Report on sanitation, dispensaries, and jails in Rajputana for 1914, and on vaccination for the year 1914-1915 - 1914-1915
Year: 1914
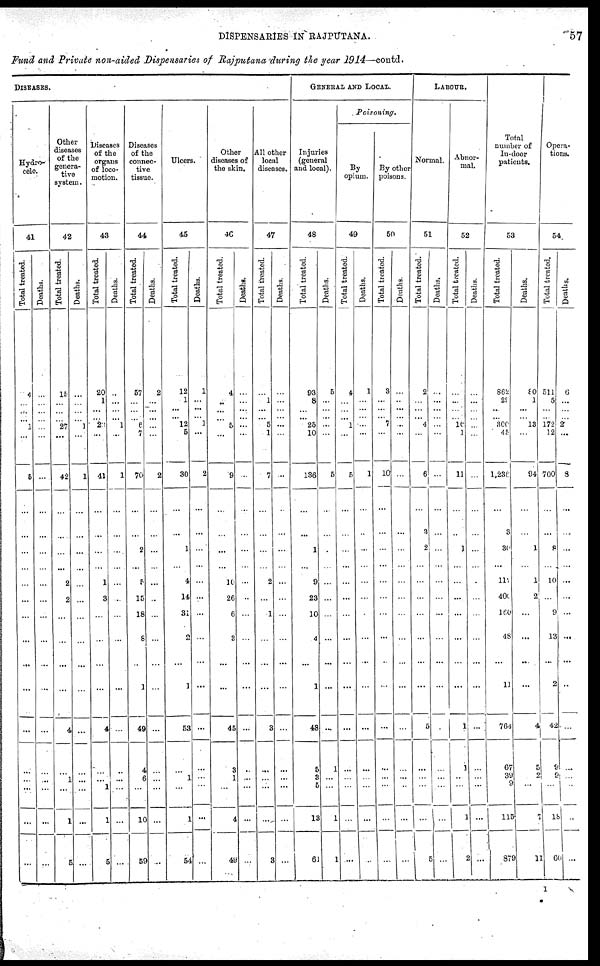
DISPENSARIES IN RAJPUTANA.
57
Fund and Private non-aided Dispensaries of Rajputana during the year 1914—contd.
DlSEASES.
Hydro-
cele.
41
Total treated.
4
...
...
... 1
...
5
...
...
...
...
...
...
...
...
...
...
...
...
...
...
...
...
Denths.
...
...
...
...
...
...
...
...
...
...
...
...
...
...
...
...
...
...
...
...
...
...
...
Other
diseases
of the
genera-
tive
system.
42
Total treated.
11
...
...
... 27
...
42
...
...
...
...
2
2
...
...
...
...
4
...
1
...
1
5
Deaths.
...
...
...
... 1
...
1
...
...
...
...
...
...
...
...
...
...
...
...
...
...
...
...
Discases
of the
organs
of loco-
motion.
43
Total treated.
20
1
...
... 23
...
41
...
...
...
...
1
3
...
...
...
...
4
...
...
1
1
5
Deaths.
...
...
...
... 1
...
1
...
...
...
...
...
...
...
...
...
...
...
...
...
...
...
...
Diseases
of the
connec-
tive
tissue.
44
Total treated.
57
...
...
... 6
7
70
...
...
2
...
5
15
18
6
...
1
49
4
6
...
10
59
Deaths.
2
...
...
...
...
...
2
...
...
...
...
...
...
...
...
...
...
...
...
...
...
...
...
Ulcers.
45
Total treated.
12
1
...
... 12
5
30
...
...
1
...
4
14
31
2
...
1
53
...
1
...
1
54
Deaths.
1
...
...
... 1
...
2
...
...
...
...
...
...
...
...
...
...
...
...
...
...
...
...
Othor
diseases of
the skin.
46
Total treated.
4
..
...
... ...
...
9
...
...
...
...
10
26
6
3
...
...
45
3
1
...
4
49
Deaths.
...
...
...
...
...
...
...
...
...
...
...
...
...
...
...
...
...
...
...
...
...
...
...
All other
local
diseases.
47
Total treated.
...
1
...
... 5
1
7
...
...
...
...
2
...
1
...
...
...
3
...
...
...
1
3
Deaths.
...
...
...
...
...
...
...
...
...
...
...
...
...
...
...
...
...
...
...
...
...
...
...
GENRAL
AND LOCAL.
Injuries
(general
and local).
48
Total treated.
93
8
...
... 25
10
136
...
...
1
...
9
23
10
4
...
1
48
5
3
5
13
61
Deaths.
5
...
...
...
...
...
5
...
...
...
...
...
...
...
...
...
...
...
1
...
...
1
1
Poisoning.
By
opium.
49
Total treated.
4
...
...
... 1
...
5
...
...
...
...
...
...
...
...
...
...
...
...
...
...
...
...
Deaths.
1
...
...
...
...
...
1
...
...
...
...
...
...
...
...
...
...
...
...
...
...
...
...
By other
poisons.
50
Total treated.
3
...
...
... 7
...
10
...
...
...
...
...
...
...
...
...
...
...
...
...
...
...
...
Deaths.
...
...
...
...
..
...
...
...
...
...
...
...
...
...
...
...
...
...
...
...
...
...
...
LABOUR.
Normal.
51
Total treated.
2
...
...
... 4
...
6
1
3
2
...
...
...
...
...
...
...
5
...
...
...
...
5
Deaths.
...
...
...
...
...
...
...
...
...
...
...
...
...
...
...
...
...
...
...
...
...
...
...
Abnor-
mal.
52
Total treated.
...
...
...
... 16
1
11
...
...
1
...
...
...
...
...
...
...
1
...
...
...
1
2
Deaths.
...
...
...
...
...
...
...
...
...
...
...
...
...
...
...
...
...
...
...
...
...
Total
number of
In-door
patients.
53
Total treated.
862
29
..
... 300
45
1,230
...
3
30
...
11
400
100
48
...
11
764
67
39
9
115
879
Deaths.
80
1
...
... 13
...
94
...
...
1
...
1
2
...
...
...
...
4
5
2
...
7
11
Opera-
tions.
54.
Total treated.
511
5
...
... 172
12
700
...
...
8
...
10
...
9
13
...
2
42
9
9
...
18
60
Deaths.
6
...
...
... 2
...
8
...
...
...
...
...
...
...
...
...
...
...
...
...
...
...
...
I